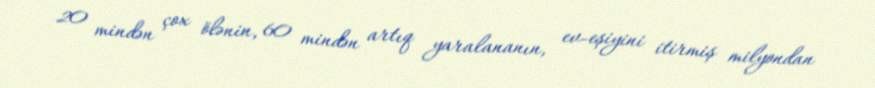
20 mindən çox ölənin, 60 mindən artıq yaralananın, ev-eşiyini itirmiş milyondan